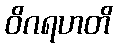
ဝိဂရဟတိ